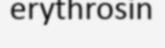
erythrosin